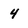
Character: 4